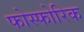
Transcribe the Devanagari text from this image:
फोस्फोरिक